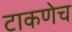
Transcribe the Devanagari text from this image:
टाकणेच